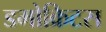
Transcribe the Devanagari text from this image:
डमोक्रिटस